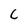
Character: C